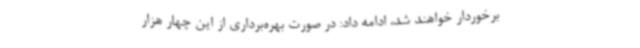
برخوردار خواهند شد، ادامه داد: در صورت بهره‌برداری از این چهار هزار